Vital statistics of India. Vol. VI, European troops 1870-79
Year: 1870
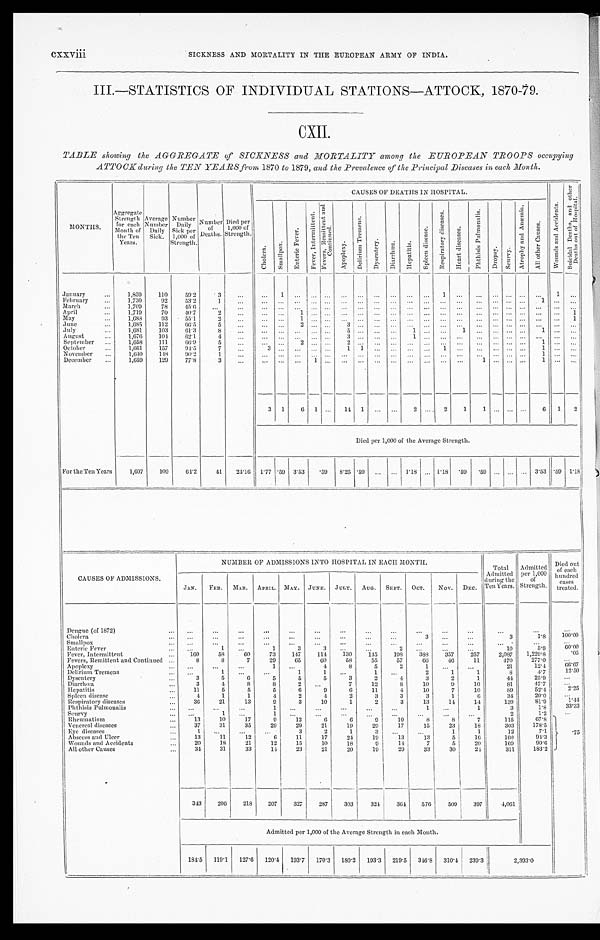
SICKNESS AND MORTALITY IN THE EUROPEAN ARMY OF INDIA. INDIA.
III.—STATISTICS OF INDIVIDUAL STATIONS—ATTOCK, 1870-79.
C X I I .
TABLE showing the AGGREGATE of SICKNESS and MORTALITY among the EUROPEAN TROOPS occupying
ATTOCK during the TEN YEARS from 1870 to 1879, and the Prevalence of the Principal Diseases in each Month.
MONTHS. Aggregate Strength for each
Month of
the Ten
Years. Average Number Daily Sick. Number Daily Sick per
1,000 of
Strength. N u m b e r
o f
D e a t h s .
D i e d p e r
1 , 0 0 0 o f
S t r e n g t h .
CAUSES OF DEATHS IN HOSPITAL.
W o u n d s a n d A c c i d e n t s .
S u i c i d a l D e a t h s , a n d o t h e r
D e a t h s o u t o f H o s p i t a l .
C h o l e r a . S m a l l p o x .
E n t e r i c F e v e r .
F e v e r , I n t e r m i t t e n t .
F e v e r s , R e m i t t e n t a n d
Co n t i n u e d .
Apopl exy. D e l i r i u m T r e m e n s .
D y s e n t e r y . D i a r r h œ a .
H e p a t i t i s .
S p l e e n d i s e a s e .
R e s p i r a t o r y d i s e a s e s .
H e a r t d i s e a s e s .
P h t h i s i s P u l m o n a l i s .
D r o p s y .
S c u r v y .
A t r o p h y a n d A n æ m i a . A l l o t h e r c a u s e s .
January
1,859 110 59.2
3
1
1
1
February
1,730 92 53.2
1
1
March
1,709 78 45.6
April
1,719 70
4 0 . 7
2
1
1
M a y
1,688
9 3 55.1
2
1
1
June
1,685 112
6 6 . 5
5
2
3
July
1,681
1 0 3 61.3
8
5
1
1
1
August
1,676 104 62.1
4
3
1
September
1,658 111
6 6 . 9 5
2
2
.
1
October
1, 661 157
9 4 . 5 7
3
1 1
1
1
November
1,640 148
9 0 . 2 1
1
December
1,659 129 77.8
3
1
1
1
3 1 6 1
14 1
2
2 1
1
6 1 2
Died per 1,000 of the Average Strength.
For the Ten Years 1,697 109 64.2 41 24.16 1.77 .59 3.53 .59 8.25 .59
1.18 1.18 . 5 9 . 5 9
3.53 .59 1.18
CAUSES OF ADMISSIONS.
NUMBER OF ADMISSIONS INTO HOSPITAL IN EACH MONTH.
Total Admi tted
duri ng the
Ten Years. Admi t t ed
per 1, 000
of St rengt h.
Died out
of each
hundred cases treated.
JAN. FEB. MAR. APRIL. MAY. JUNE. JULY. AUG. SEPT. OCT. NOV. DEC.
Dengue (of 1872)
Cholera
3
3 1 . 8
1 0 0 . 0 0
Smallpox Enteric Fever
1
1
3
3
2
10
5.9 60.00
Fever, Intermittent
160 58 60 73 147 114 130 145 198 388 357 257 2,087 1, 229. 8
.05
Fevers, Remittent and Continued
8
8
7 29 65 60 58 55 57 66 46 11
470 277. 0
Apoplexy
1
4
8
5 2
1
21
12. 4 66.67
Delirium Tremens
1
1
1
1
2
1
1
8
4 . 7
12.50
Dysentery
3
5
6
5
5
5
3
2
4
3
2
1
44
2 5 . 9
Diarrhœa
3
4
8
8
2
7 12
8 10
9 10
81
4 7 . 7
Hepatitis
11
5
5
5
6
9
6 11
4 10
7 10
89
52.4 2 . 2 5
Spleen disease
4
1
1
4
2
4
2
3
3
3
1
6
34
20. 0
Respiratory diseases
36 21 13
9
3 10
1
2
3 13 14 14
139
81. 9
1 . 4 4
Phthisis Pulmonalis
1
1
1
3
1. 8
33.33
Scurvy
1
1
2
1. 2
Rheumatism
13 10 17
9 12
6
6
9
1 0
8
8
7
115
6 7 . 8
. 7 5
Venereal diseases
37 31 35 29 29 21 19 29 17 15 23 18
303 178. 5
Eye diseases
1
3 2
1
3
1
1
12
7. 1
Abscess and Ulcer
13 11 12
6 11 17 24 19
13 13
5 16
160
94. 3
Wounds and Accidents
20 18 21 12 15 10 18
9 14
7
5 20
169
99. 6
All other Causes
34 31 33 14 23 21 20 19 29 33 30 24
311 183. 2
343 206 218 207 327 287 303 324 364 576 509 397 4,061
Admitted per 1,000 of the Average Strength i n each Month.
184.5 119.1 127.6 120.4 193.7 170.3 180.2 193.3 219.5 346. 8 310.4 239.3
2 , 3 9 3 . 0